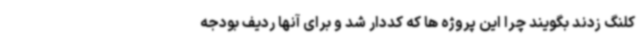
کلنگ زدند بگویند چرا این پروژه ها که کددار شد و برای آنها ردیف بودجه